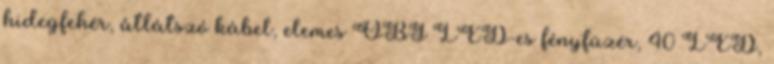
hidegfehér, átlátszó kábel, elemes OBI LED-es fényfüzér, 40 LED,